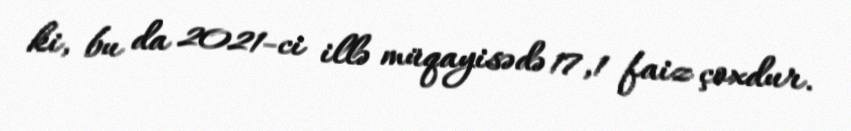
ki, bu da 2021-ci illə müqayisədə 17,1 faiz çoxdur.